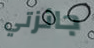
جائزتي